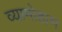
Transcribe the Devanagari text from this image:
व्यामोहाभ